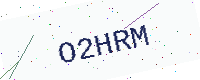
Text: O2HRM